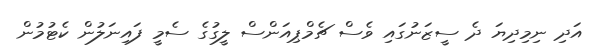
އަދި ނިމިދިޔަ ދެ ސީޒަނުގައި ވެސް ޗެމްޕިއަންސް ލީގުގެ ސެމީ ފައިނަލުން ކެޓުމުން